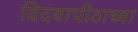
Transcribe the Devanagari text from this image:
विदयापीठाच्या